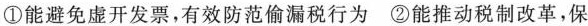
①能避免虚开发票，有效防范偷漏税行为 ②能推动税制改革，保